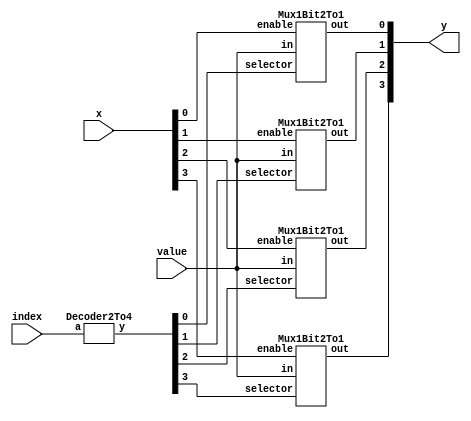
module BitSet(
		input [3:0] x,
		input [1:0] index,
		input value,
		output [3:0] y);
	wire[3:0] w1;

	Decoder2To4 deco(index, w1);

	Mux1Bit2To1 mux1 (x[0], value, w1[0], y[0]);
	Mux1Bit2To1 mux2 (x[1], value, w1[1], y[1]);
	Mux1Bit2To1 mux3 (x[2], value, w1[2], y[2]);
	Mux1Bit2To1 mux4 (x[3], value, w1[3], y[3]);
	
endmodule


module Mux1Bit2To1(
		input enable,
		input in,
		input selector,
		output out);
	assign out = selector ? in : enable;
endmodule

module Decoder2To4(input [1:0] a, output reg [3:0] y);
	always @(a)
	begin
		y[3] = a[1] & a[0];
		y[2] = !a[1] & a[0];
		y[1] = a[1] & !a[0];
		y[0] = !a[1] & !a[0];
	end
endmodule



module BitSetTestBench();
	reg [3:0]x;
	reg [1:0]index;
	reg value;
	wire [3:0]y;
	
	BitSet test(x, index, value, y);

	initial begin
		$monitor ("%d %b %b %b %b", $time, x, index, value, y);
		#10
			x=4'b0000;
			index =2'b00;
			value=1'b1;
		#10
			x=4'b0001;
			index=2'b01;
			value=1'b1;
		#10
			x=4'b1111;
			index=2'b10;
			value=1'b0;
		#10		
			x=4'b1111;
			index=2'b11;
			value=1'b0;
		#10
			$finish;
	end
endmodule